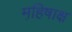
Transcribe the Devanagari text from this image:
महि़षाक्ष